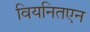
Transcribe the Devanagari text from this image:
वियनितएन